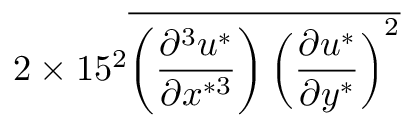
2 \times 1 5 ^ { 2 } \overline { { \left( \frac { \partial ^ { 3 } u ^ { * } } { \partial x ^ { * 3 } } \right) \left( \frac { \partial u ^ { * } } { \partial y ^ { * } } \right) ^ { 2 } } }